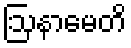
ဩနာမေတိ